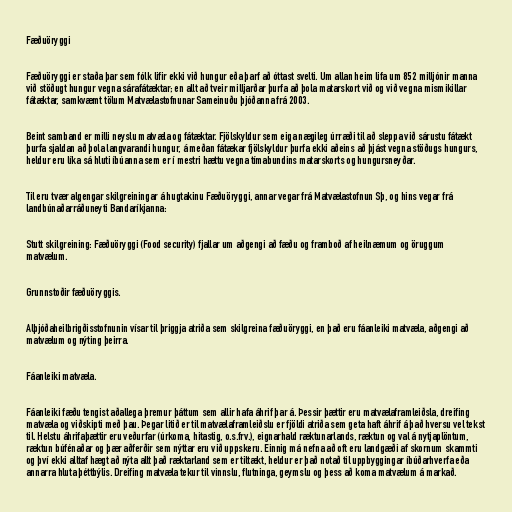
Fæðuöryggi

Fæðuöryggi er staða þar sem fólk lifir ekki við hungur eða þarf að óttast svelti. Um allan heim lifa um 852 milljónir manna
við stöðugt hungur vegna sárafátæktar; en allt að tveir milljarðar þurfa að þola matarskort við og við vegna mismikillar
fátæktar, samkvæmt tölum Matvælastofnunar Sameinuðu þjóðanna frá 2003.

Beint samband er milli neyslu matvæla og fátæktar. Fjölskyldur sem eiga nægileg úrræði til að sleppa við sárustu fátækt
þurfa sjaldan að þola langvarandi hungur, á meðan fátækar fjölskyldur þurfa ekki aðeins að þjást vegna stöðugs hungurs,
heldur eru líka sá hluti íbúanna sem er í mestri hættu vegna tímabundins matarskorts og hungursneyðar.

Til eru tvær algengar skilgreiningar á hugtakinu Fæðuöryggi, annar vegar frá Matvælastofnun Sþ, og hins vegar frá
landbúnaðarráðuneyti Bandaríkjanna:

Stutt skilgreining: Fæðuöryggi (Food security) fjallar um aðgengi að fæðu og framboð af heilnæmum og öruggum
matvælum.

Grunnstoðir fæðuöryggis.

Alþjóðaheilbrigðisstofnunin vísar til þriggja atriða sem skilgreina fæðuöryggi, en það eru fáanleiki matvæla, aðgengi að
matvælum og nýting þeirra.

Fáanleiki matvæla.

Fáanleiki fæðu tengist aðallega þremur þáttum sem allir hafa áhrif þar á. Þessir þættir eru matvælaframleiðsla, dreifing
matvæla og viðskipti með þau. Þegar litið er til matvælaframleiðslu er fjöldi atriða sem geta haft áhrif á það hversu vel tekst
til. Helstu áhrifaþættir eru veðurfar (úrkoma, hitastig, o.s.frv.), eignarhald ræktunarlands, ræktun og val á nytjaplöntum,
ræktun búfénaðar og þær aðferðir sem nýttar eru við uppskeru. Einnig má nefna að oft eru landgæði af skornum skammti
og því ekki alltaf hægt að nýta allt það ræktarland sem er tiltækt, heldur er það notað til uppbyggingar íbúðarhverfa eða
annarra hluta þéttbýlis. Dreifing matvæla tekur til vinnslu, flutninga, geymslu og þess að koma matvælum á markað.